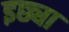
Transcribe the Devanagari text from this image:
इछ्या